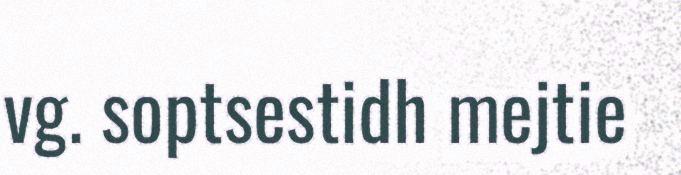
vg. soptsestidh mejtie